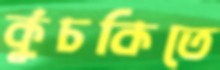
কুঁচকিতে